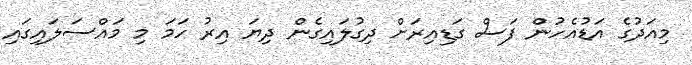
މިއަދުގެ އަޑުއެހުން ފަސް ގަޑިއިރަށް ދިގުލައިގެން ދިޔަ އިރު ހަމަ މި މައްސަލައިގައި